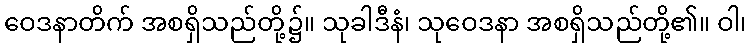
ဝေဒနာတိက် အစရှိသည်တို့၌။ သုခါဒီနံ၊ သုဝေဒနာ အစရှိသည်တို့၏။ ဝါ၊